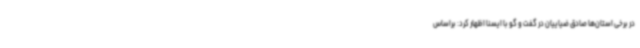
در برخی استان‌ها صادق ضیاییان در گفت و گو با ایسنا اظهار کرد: براساس